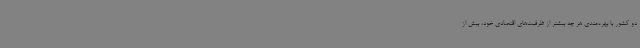
دو کشور با بهره‌مندی هر چه بیشتر از ظرفیت‌های اقتصادی خود، بیش از